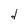
Character: d